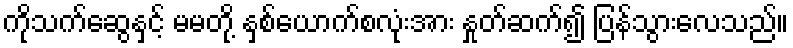
ကိုသက်ဆွေနှင့် မမတို့ နှစ်ယောက်စလုံးအား နှုတ်ဆက်၍ ပြန်သွားလေသည်။